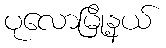
ပုလောမြို့နယ်